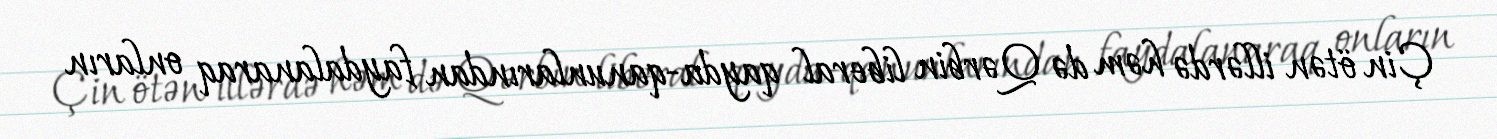
Çin ötən illərdə həm də Qərbin liberal qayda-qanunlarından faydalanaraq onların